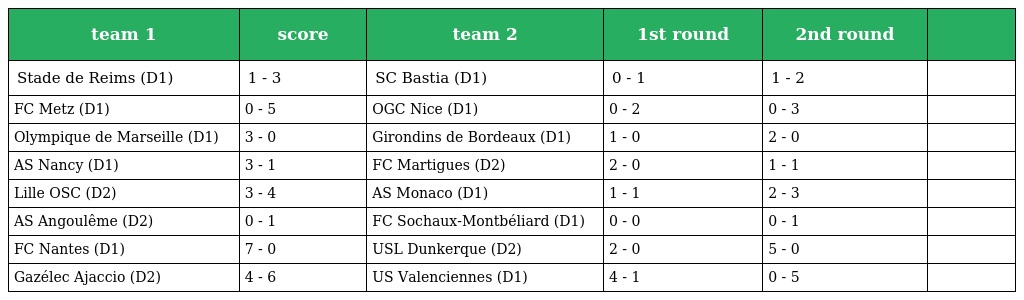
| team 1 | score | team 2 | 1st round | 2nd round |  |
 | --- | --- | --- | --- | --- | --- |
 | Stade de Reims (D1) | 1 - 3 | SC Bastia (D1) | 0 - 1 | 1 - 2 |  |
 | FC Metz (D1) | 0 - 5 | OGC Nice (D1) | 0 - 2 | 0 - 3 |  |
 | Olympique de Marseille (D1) | 3 - 0 | Girondins de Bordeaux (D1) | 1 - 0 | 2 - 0 |  |
 | AS Nancy (D1) | 3 - 1 | FC Martigues (D2) | 2 - 0 | 1 - 1 |  |
 | Lille OSC (D2) | 3 - 4 | AS Monaco (D1) | 1 - 1 | 2 - 3 |  |
 | AS Angoulême (D2) | 0 - 1 | FC Sochaux-Montbéliard (D1) | 0 - 0 | 0 - 1 |  |
 | FC Nantes (D1) | 7 - 0 | USL Dunkerque (D2) | 2 - 0 | 5 - 0 |  |
 | Gazélec Ajaccio (D2) | 4 - 6 | US Valenciennes (D1) | 4 - 1 | 0 - 5 |  |